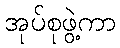
အုပ်စုဖွဲ့ကာ